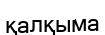
қалқыма